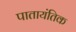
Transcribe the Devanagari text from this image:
पातायंतिक